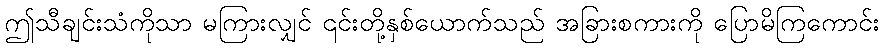
ဤသီချင်းသံကိုသာ မကြားလျှင် ၎င်းတို့နှစ်ယောက်သည် အခြားစကားကို ပြောမိကြကောင်း